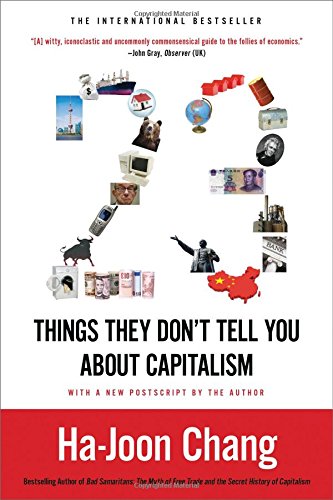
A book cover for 23 Things They Don't Tell You About Capitalism; Ha-Joon Chang; Business & Money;